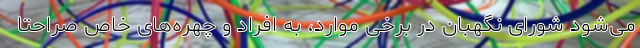
می‌شود شورای نگهبان در برخی موارد، به افراد و چهره‌های خاص صراحتاً